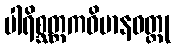
ပါရိစ္ဆတ္တကဝိမာနဝတ္ထု